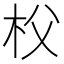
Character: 𣏤